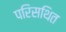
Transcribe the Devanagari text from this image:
परिसथित